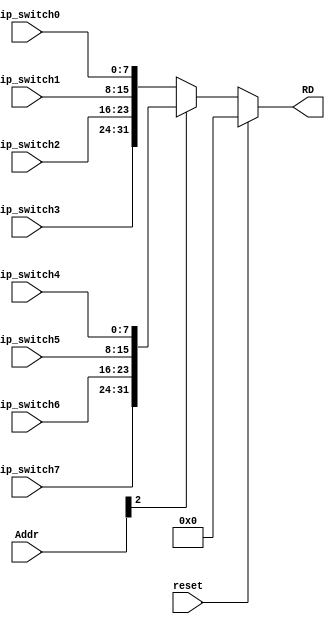
`timescale 1ns / 1ps
//////////////////////////////////////////////////////////////////////////////////
// Company: 
// Engineer: 
// 
// Design Name: 
// Module Name:    driver_dipswitch 
// Project Name: 
// Target Devices: 
// Tool versions: 
// Description: 
//
// Dependencies: 
//
// Revision: 
// Revision 0.01 - File Created
// Additional Comments: 
//
//////////////////////////////////////////////////////////////////////////////////
module driver_dipswitch(
    output [31:0] RD,
    input [4:2] Addr,
	 input reset,
    input [7:0] dip_switch0,
	 input [7:0] dip_switch1,
	 input [7:0] dip_switch2,
	 input [7:0] dip_switch3,
	 input [7:0] dip_switch4,
	 input [7:0] dip_switch5,
	 input [7:0] dip_switch6,
	 input [7:0] dip_switch7
    );
	wire [31:0] group3_0 = {dip_switch3, dip_switch2, dip_switch1, dip_switch0}; 
	wire [31:0] group7_4 = {dip_switch7, dip_switch6, dip_switch5, dip_switch4}; 
	
	assign RD = (reset) ? 0 :
					(Addr[4]) ? group7_4 :
					group3_0;

endmodule